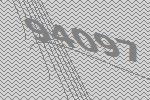
94097